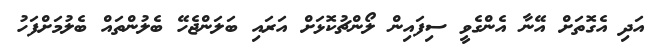
އަދި އެގޮތަށް އޭނާ އެންގެވީ ސިފައިން ލޯންޗުކޮޅަށް އަރައި ބަލަންޖެހޭ ބެލުންތައް ބެލުމަށްފަހު